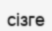
сізге